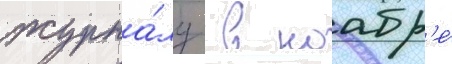
журна́лу  в ноабр'е́